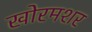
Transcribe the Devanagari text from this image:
खोरमशर